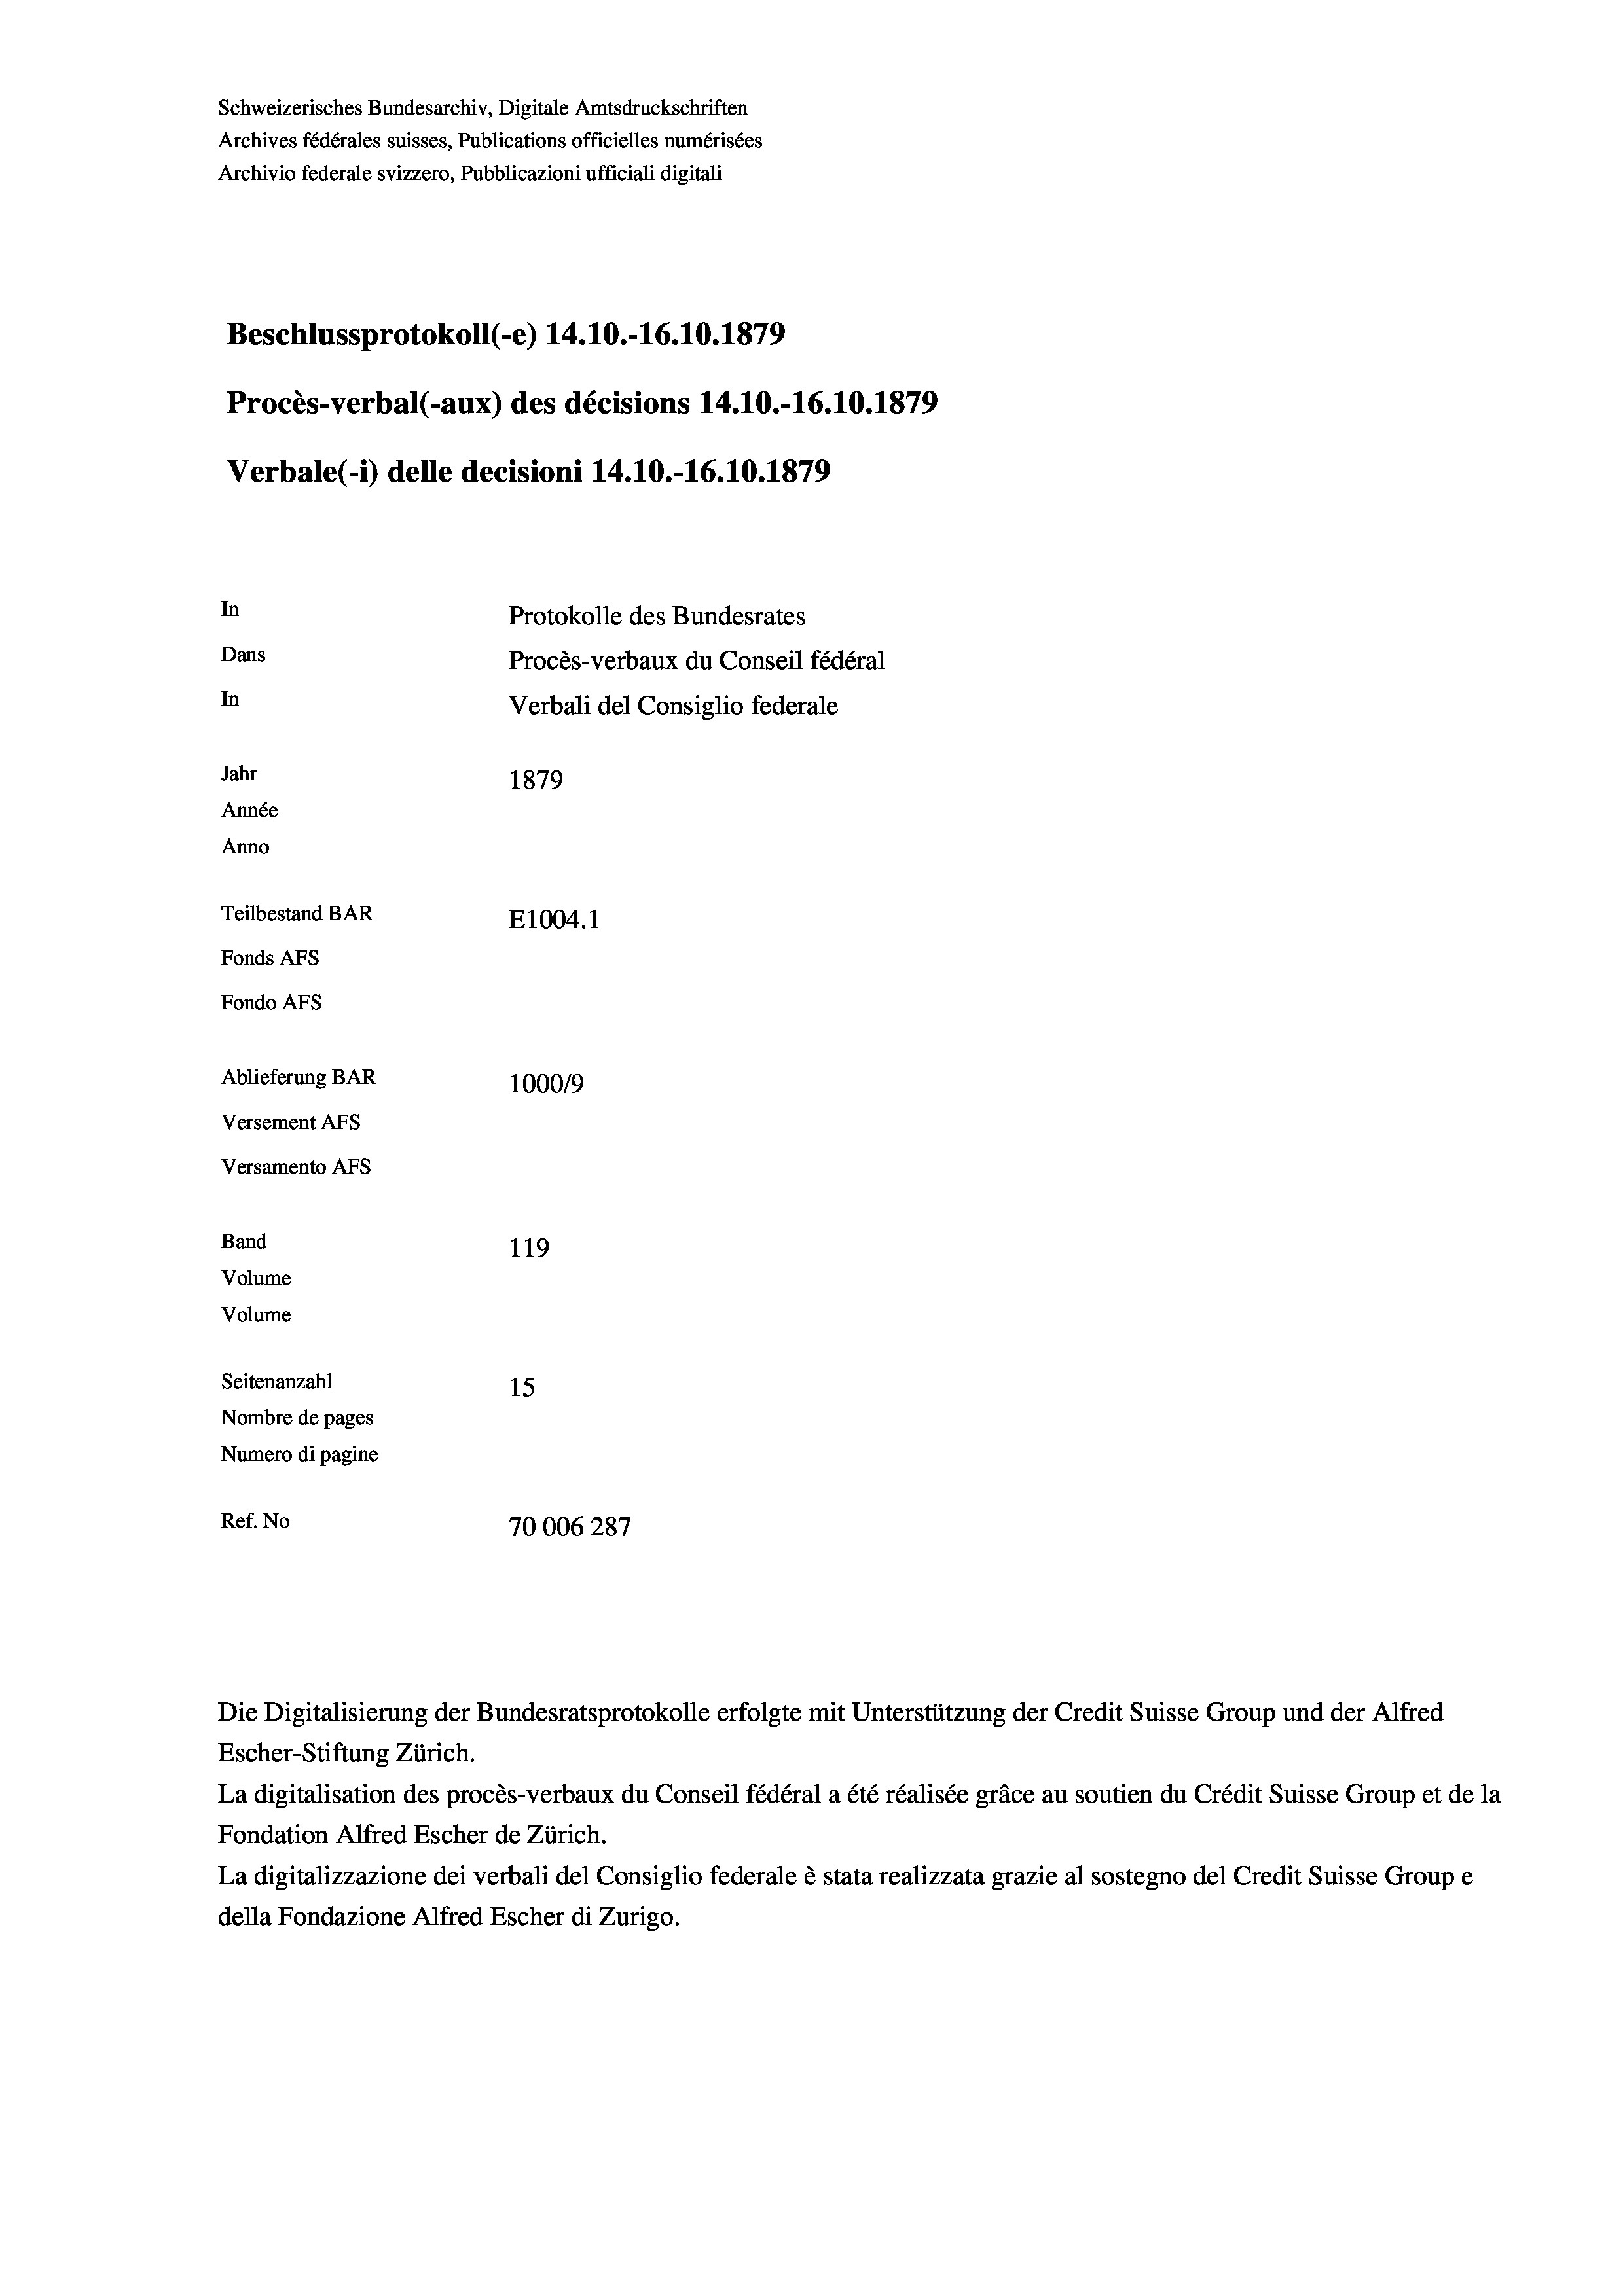
Schweizerisches Bundesarchiv, Digitale Amtsdruckschriften
Archives fédérales suisses, Publications officielles numérisées
Archivio federale svizzero, Pubblicazioni ufficiali digitali
Beschlussprotokoll (-e) 14.10.-16.10.1879
Procès-verbal (-aux) des décisions 14.10.-16.10.1879
Verbale (- 1) delle decisioni 14.10.-16.10.1879
In
Protokolle des Bundesrates
Dans
Procès-verbaux du Conseil fédéral
In
Verbali del Consiglio federale
Jahr
1879
Année
Anno
Teilbestand BAR
E1004. 1
Fonds AFs
Fondo AFs
Ablieferung BAR
1000/9
Versement AFs
Versamento Afs
Band
119
Volume
Volume
Seitenanzahl
15
Nombre de pages
Numero di pagine
Ref. No
70006287

Die Digitalisierung der Bundesratsprotokolle erfolgte mit Unterstützung der Credit Suisse Group und der Alfred
Escher-Stiftung Zürich.
La digitalisation des procès-verbaux du Conseil fédéral a été réalisée gräce au soutien du Crédit Suisse Group et de la
Fondation Alfred Escher de Zürich.
La digitalizzazione dei verbali del Consiglio federale è stata realizzata grazie al sostegno del Credit Suisse Groupe
della Fondazione Alfred Escher di Zurigo.